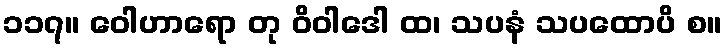
၁၁၇။ ဝေါဟာရော တု ဝိဝါဒေါ ထ၊ သပနံ သပထောပိ စ။